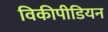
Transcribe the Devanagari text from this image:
विकीपीडियन